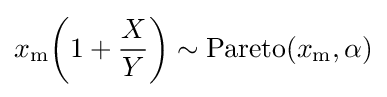
x_{\text{m}}\!\left(1+{\frac {X}{Y}}\right)\sim {\text{Pareto}}(x_{\text{m}},\alpha )